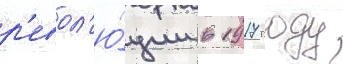
р'евол'ю́ции в 1917 году